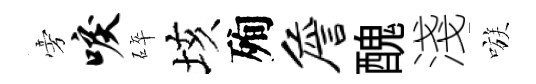
旁唳碎垓殉詹醜淺嗾